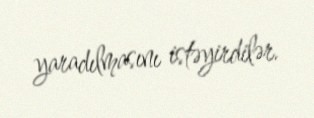
yaradılmasını istəyirdilər.